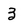
Character: 3